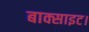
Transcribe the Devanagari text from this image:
बाक्साइट।